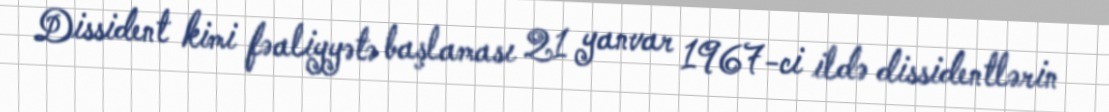
Dissident kimi fəaliyyətə başlaması 21 yanvar 1967-ci ildə dissidentlərin